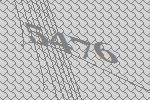
5476